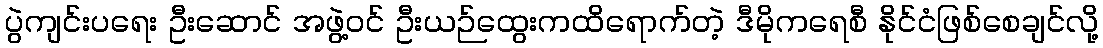
ပွဲကျင်းပရေး ဦးဆောင် အဖွဲ့ဝင် ဦးယဉ်ထွေးကထိရောက်တဲ့ ဒီမိုကရေစီ နိုင်ငံဖြစ်စေချင်လို့